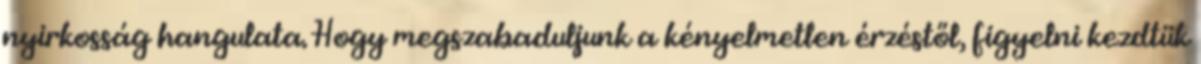
nyirkosság hangulata. Hogy megszabaduljunk a kényelmetlen érzéstől, figyelni kezdtük